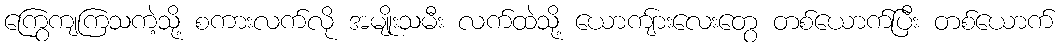
ကြွေကျကြသကဲ့သို့ စကားလက်လို အမျိုးသမီး လက်ထဲသို့ ယောကျ်ားလေးတွေ တစ်ယောက်ပြီး တစ်ယောက်